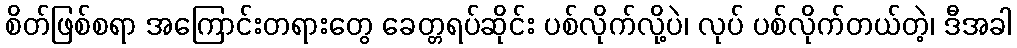
စိတ်ဖြစ်စရာ အကြောင်းတရားတွေ ခေတ္တရပ်ဆိုင်း ပစ်လိုက်လို့ပဲ၊ လုပ် ပစ်လိုက်တယ်တဲ့၊ ဒီအခါ